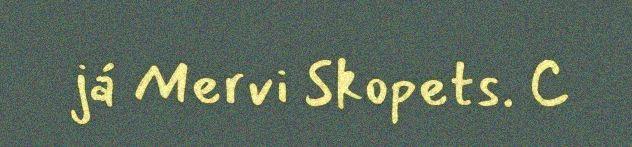
já Mervi Skopets. 